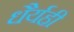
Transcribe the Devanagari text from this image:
धैर्यही